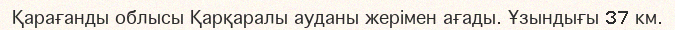
Қарағанды облысы Қарқаралы ауданы жерімен ағады. Ұзындығы 37 км.